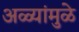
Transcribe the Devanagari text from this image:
अळ्यांमुळे